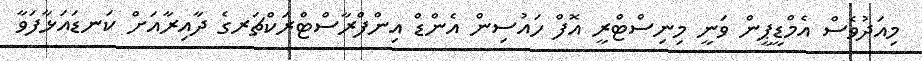
މިއަދުވެސް އެމްޑީޕީން ވަނީ މިނިސްޓްރީ އޮފް ހައުސިން އެންޑް އިންފްރާސްޓްރަކްޗަރގެ ދާއިރާއަށް ކަނޑައަޅާފަވާ